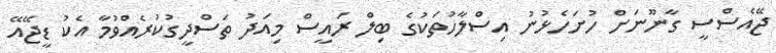
ޖޭއެސްސީ ގާނޫނަށް ހުށަހެޅުނު އިސްލާހުތަކުގެ ބިލް ރައީސް މިއަދު ތަސްދީގުކުރެއްވުމާ އެކު ޑީޖޭއޭ